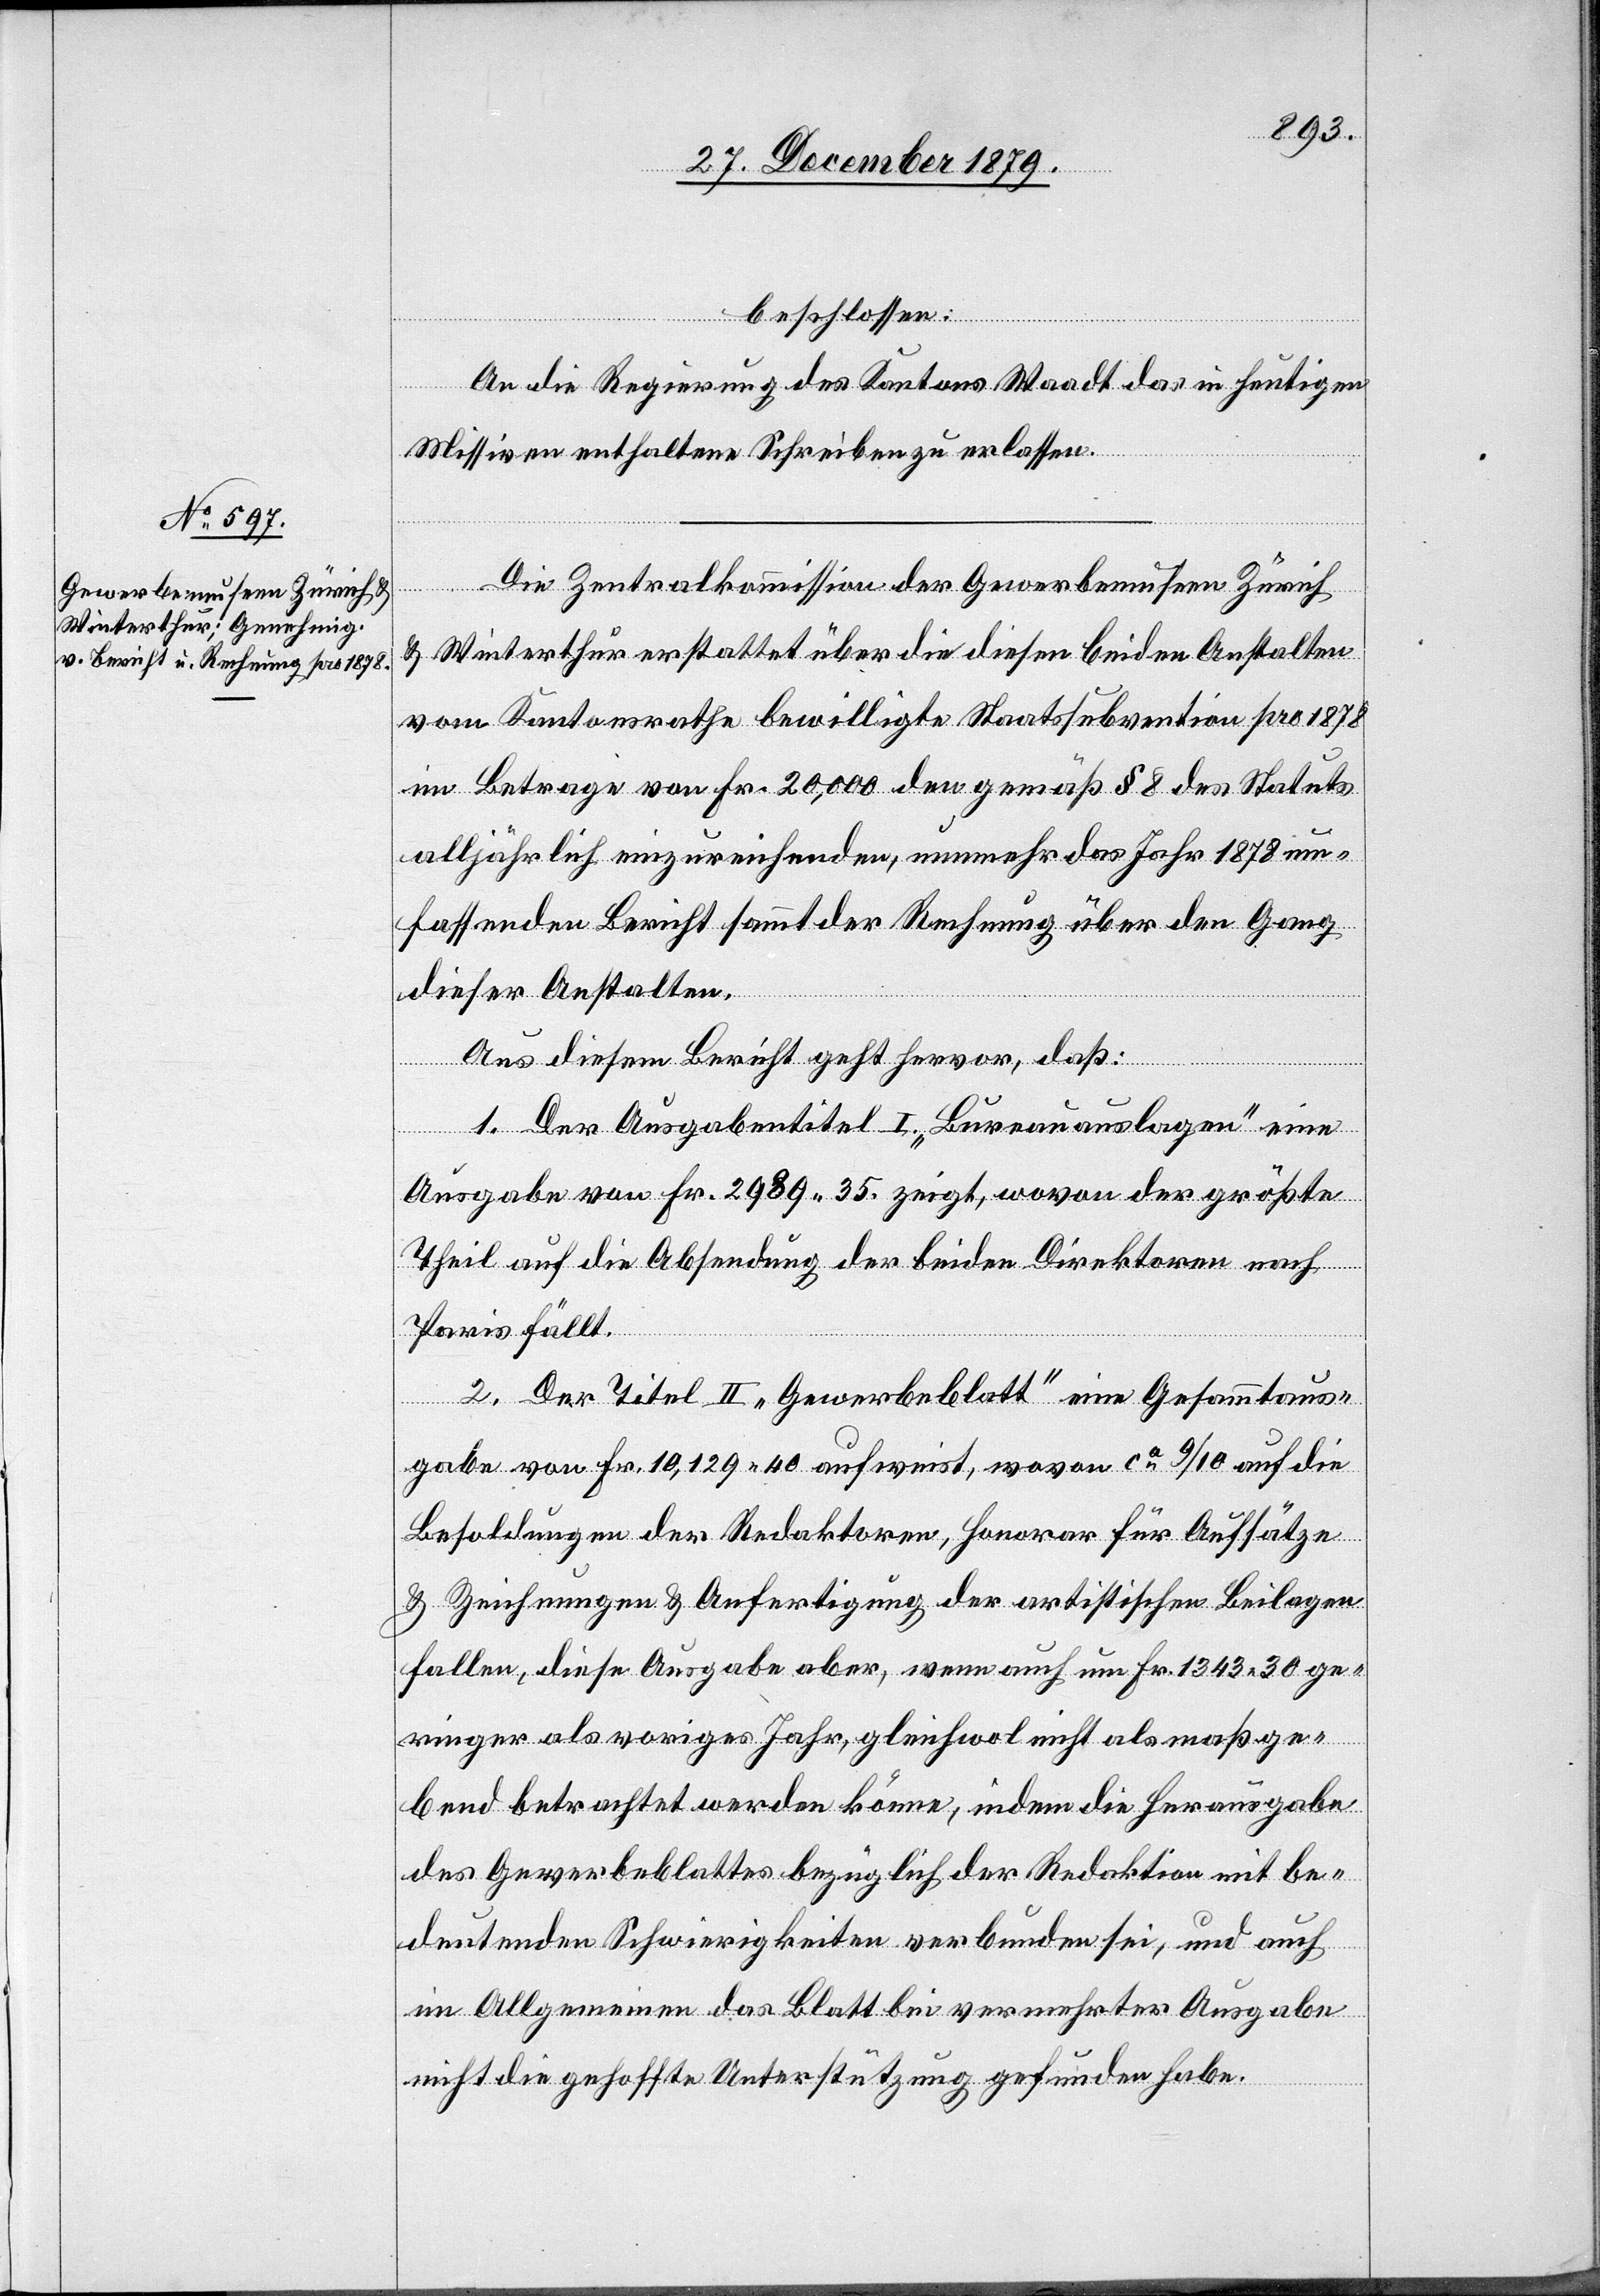
beschlossen:
An die Regierung des Kantons Waadt das in heutigen
Missiven enthaltene Schreiben zu erlassen.
Die Zentralkommission der Gewerbemuseen Zürich
& Winterthur erstattet über die diesen beiden Anstalten
vom Kantonsrathe bewilligte Staatssubvention pro 1878
im Betrage von Fr. 20,000 den gemäß § 8 des Statuts
alljährlich einzureichenden, nunmehr das Jahr 1878 um¬
fassenden Bericht sammt der Rechnung über den Gang
dieser Anstalten.
Aus diesem Bericht geht hervor, daß:
1. Der Ausgabetitel I. „Bureauauslagen“ eine
Ausgabe von Fr. 2989 35 zeigt, wovon der größte
Theil auf die Absendung der beiden Direktoren nach
Paris fällt.
2. Der Titel II „Gewerbeblatt“ eine Gesammtaus¬
gabe von Fr. 10,129 40 aufweist, wovon ca 9/10 auf die
Besoldungen der Redaktoren, Honorar für Aufsätze
& Zeichnungen & Anfertigungen der artistischen Beilagen
fallen, diese Ausgabe aber, wenn auch um Fr. 1343 30 ge¬
ringer als voriges Jahr, gleichwol nicht als maßge¬
bend betrachtet werden könne, indem die Herausgabe
des Gewerkblattes bezüglich der Redaktion mit be¬
deutenden Schwierigkeiten verbunden sei, und auch
im Allgemeinen das Blatt bei vermehrter Ausgabe
nicht die gehoffte Unterstützung gefunden habe.